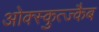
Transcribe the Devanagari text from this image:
ओक्स्कुत्ज्कैब